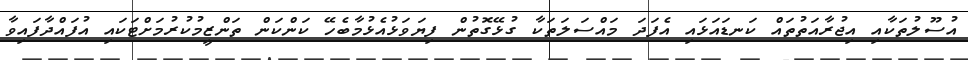
އުސޫލުތަކާއި އިޖުރާއަތުތައް ކަނޑައަޅައި އެފަދަ މައްސަލަތަކާ ގުޅޭގޮތުން ފިޔަވަޅުއެޅުމާބެހޭ ކަންކަން ތަންޒީމުކުރުމަށްޓަކައި އުފައްދާފައިވާ